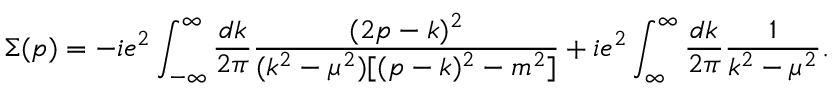
\Sigma ( p ) = - i e ^ { 2 } \int _ { - \infty } ^ { \infty } \frac { d k } { 2 \pi } \frac { ( 2 p - k ) ^ { 2 } } { ( k ^ { 2 } - \mu ^ { 2 } ) [ ( p - k ) ^ { 2 } - m ^ { 2 } ] } + i e ^ { 2 } \int _ { \infty } ^ { \infty } \frac { d k } { 2 \pi } \frac { 1 } { k ^ { 2 } - \mu ^ { 2 } } .